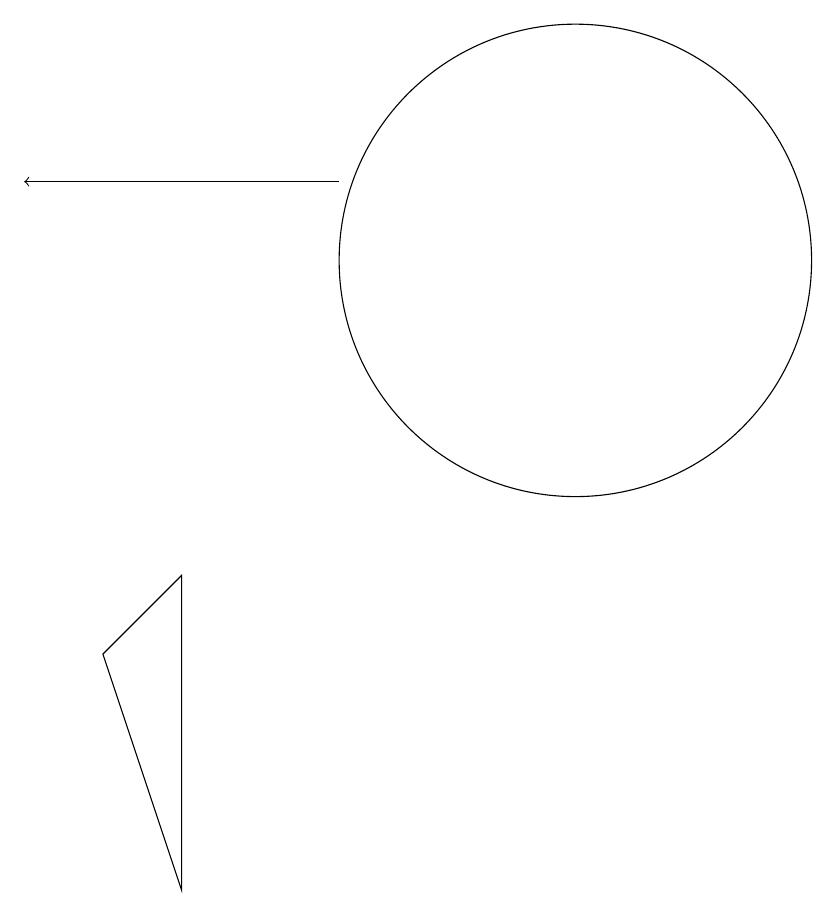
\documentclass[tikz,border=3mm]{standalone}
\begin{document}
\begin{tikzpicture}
\draw (5,6) -- (4,5) -- (5,2) -- cycle;
\draw (10,10) circle (3);
\draw[->] (7,11) -- (3,11);
\draw (10,10) circle (0);
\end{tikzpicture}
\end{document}